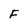
Character: F